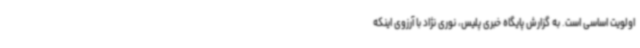
اولویت اساسی است. به گزارش پایگاه خبری پلیس، نوری نژاد با آرزوی اینکه